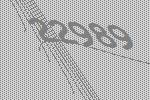
22989